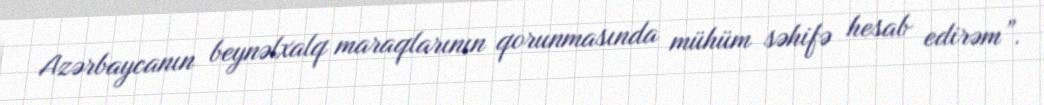
Azərbaycanın beynəlxalq maraqlarının qorunmasında mühüm səhifə hesab edirəm”.